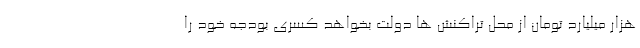
هزار میلیارد تومان از محل تراکنش ها دولت بخواهد کسری بودجه خود را